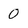
Character: 0